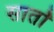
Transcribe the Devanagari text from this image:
सार्तों